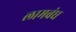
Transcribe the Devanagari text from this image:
लामबंध